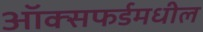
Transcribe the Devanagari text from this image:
ऑक्‍सफर्डमधील